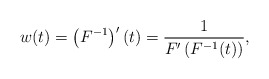
\begin{align*} w(t) = \left( F^{-1} \right)'(t) = \frac{1}{F'\left(F^{-1}(t) \right)}, \end{align*}